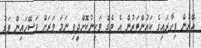
އޭރުން ފިހާރައިގެ ކައުންޓަރުން އެ ޓެގް ވަކިނުކޮށްދީފި ނަމަ ވަރަށް ފަސޭހައިން ވަގު